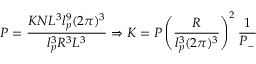
P = \frac { K N L ^ { 3 } l _ { p } ^ { 9 } ( 2 \pi ) ^ { 3 } } { l _ { p } ^ { 3 } R ^ { 3 } L ^ { 3 } } \Rightarrow K = P \left( \frac { R } { l _ { p } ^ { 3 } ( 2 \pi ) ^ { 3 } } \right) ^ { 2 } \frac { 1 } { P _ { - } }